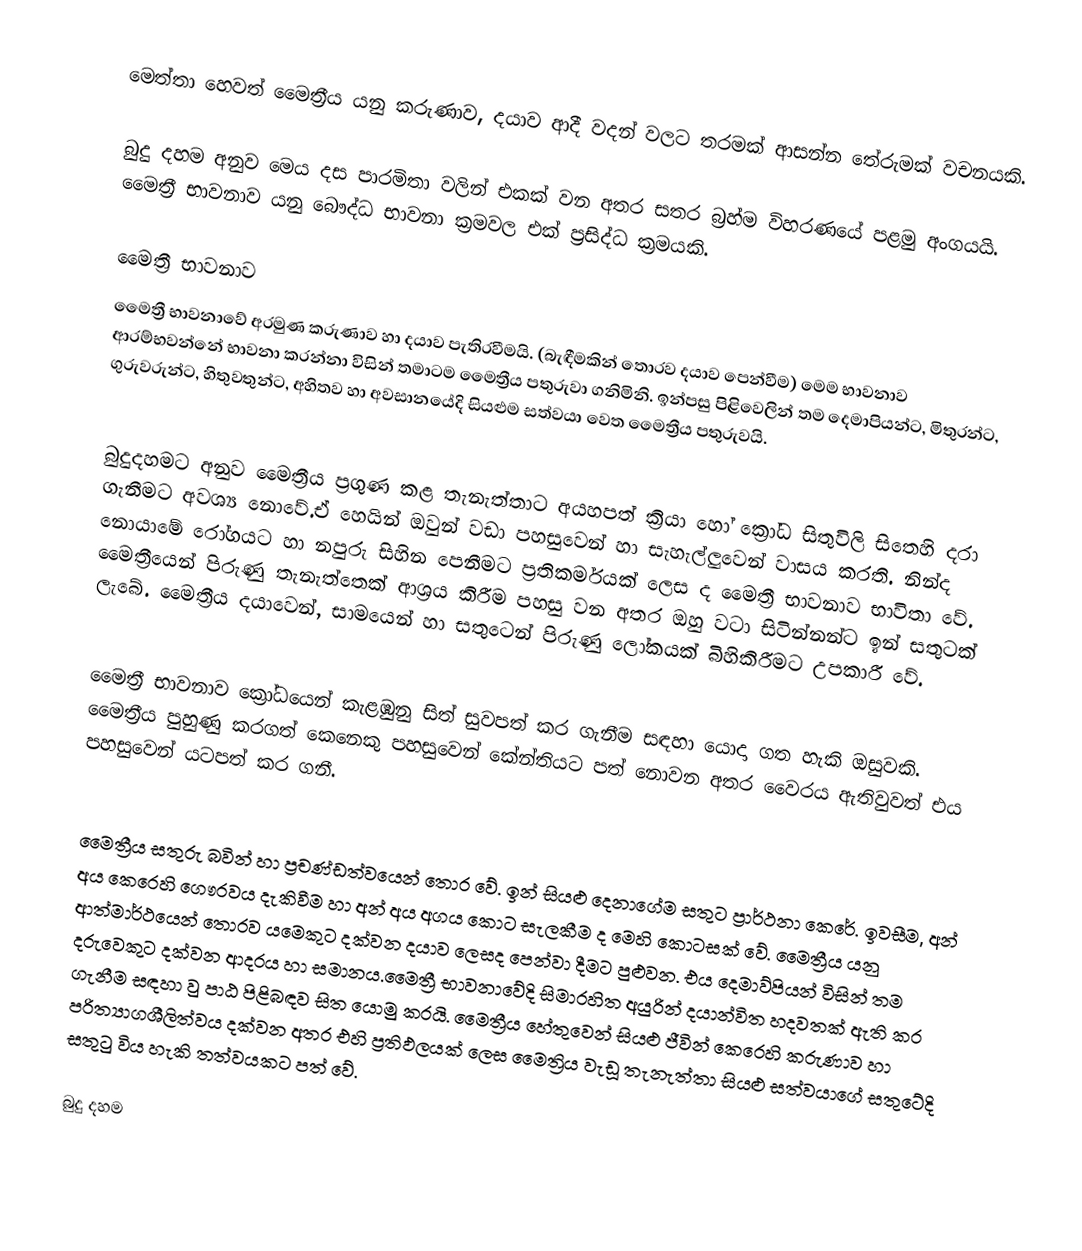
මෙත්තා හෙවත් මෛත්‍රීය යනු කරුණාව, දයාව ආදී වදන් වලට තරමක් ආසන්න තේරුමක් වචනයකි.

බුදු දහම අනුව මෙය දස පාරමිතා වලින් එකක් වන අතර සතර බ්‍රහ්ම විහරණයේ පළමු අංගයයි. මෛත්‍රී භාවනාව යනු බෞද්ධ භාවනා ක්‍රමවල එක් ප්‍රසිද්ධ ක්‍රමයකි.

මෛත්‍රී  භාවනාව
මෛත්‍රී භාවනාවේ අරමුණ කරුණාව හා දයාව පැතිරවීමයි. (බැඳීමකින් තොරව දයාව පෙන්වීම) මෙම භාවනාව ආරම්භ‍වන්නේ භාවනා කරන්නා විසින් තමාටම මෛත්‍රීය පතුරුවා ගනිමිනි. ඉන්පසු පිළිවෙලින් තම දෙමාපියන්ට, මිතුරන්ට, ගුරුවරුන්ට, හිතුවතුන්ට, අහිතව හා අවසානයේදි සියළුම සත්වයා වෙත මෛත්‍රීය පතුරුවයි.

බුදුදහමට අනුව මෛත්‍රීය ප්‍රගුණ කළ තැනැත්තාට අයහපත් ක්‍රියා හෝ ක්‍රෝධ සිතුවිලි සිතෙහි දරා ගැනීමට අවශ්‍ය නොවේ.ඒ හෙයින් ඔවුන් වඩා පහසුවෙන් හා සැහැල්ලුවෙන් වාසය කරති. නින්ද නොයාමේ රෝගයට හා නපුරු සිහින පෙනී‍මට ප්‍රතිකර්මයක් ලෙස ද මෛත්‍රී  භාවනාව භාවිතා වේ. මෛත්‍රීයෙන් පිරුණු තැනැත්තෙක් ආශ්‍රය කිරීම පහසු වන අතර ඔහු වටා සිටින්නන්ට ඉන් සතුටක් ලැබේ. මෛත්‍රීය දයාවෙන්, සාමයෙන් හා සතුටෙන් පිරුණු ලෝකයක් බිහිකිරීමට උපකාරී වේ.

මෛත්‍රී  භාවනාව ක්‍රෝධයෙන් කැළ‍ඹුනු සිත් සුවපත් කර ගැනීම සඳහා යොදා ගත හැකි ඔසුවකි. මෛත්‍රීය පුහුණු කරගත් කෙනෙකු පහසුවෙන් කේන්තියට පත් නොවන අතර වෛරය ඇතිවුවත් එය පහසුවෙන් යටපත් කර ගනී.

මෛත්‍රීය සතුරු බවින් හා ප්‍රචණ්ඩත්වයෙන් තොර වේ. ඉන්  සියළු දෙනාගේම සතුට  ප්‍රාර්ථනා කෙරේ. ඉවසීම, අන් අය කෙරෙහි ගෞරවය දැකිවීම හා අන් අය අගය කොට සැලකීම ද මෙහි කොටසක් වේ. මෛත්‍රීය යනු ආත්මාර්ථයෙන් තොරව යමෙකුට දක්වන දයාව ලෙසද  පෙන්වා දීමට පුළුවන. එය දෙමාව්පියන් විසින් තම දරුවෙකුට දක්වන ආදරය හා සමානය.මෛත්‍රී  භාවනාවේදි සිමාරහිත අයුරින් දයාන්විත හදවතක් ඇති කර ගැනීම සඳහා වු පාඨ පිළිබඳව සිත යොමු කරයි. මෛත්‍රීය හේතුවෙන් සියළු ජීවින් කෙරෙහි කරුණාව හා පරිත්‍යාගශීලිත්වය දක්වන අතර එහි ප්‍රතිඵලයක් ලෙස මෛත්‍රිය වැඩූ තැනැත්තා සියළු සත්වයාගේ සතුටේදි සතුටු විය හැකි තත්වයකට පත් වේ.

බුදු දහම